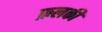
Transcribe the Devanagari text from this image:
फ़लकी